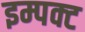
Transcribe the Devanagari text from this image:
इम्पक्ट